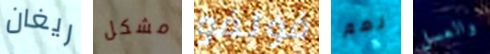
ريغان مشكل فولفو نعم والعسل